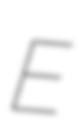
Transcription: E